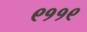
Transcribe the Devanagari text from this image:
९११९